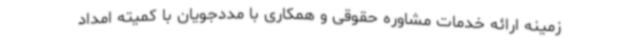
زمینه ارائه خدمات مشاوره حقوقی و همکاری با مددجویان با کمیته امداد